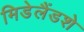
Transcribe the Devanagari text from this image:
मिडेलैंडशे